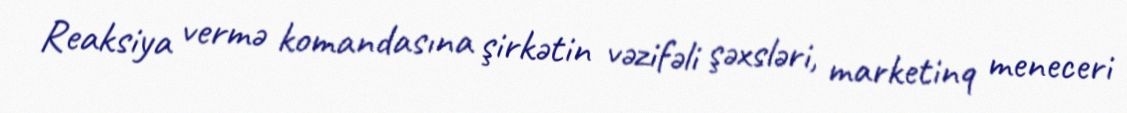
Reaksiya vermə komandasına şirkətin vəzifəli şəxsləri, marketinq meneceri